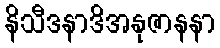
နိသီဒနာဒိအနုဇာနနာ